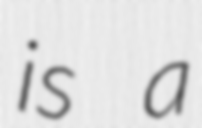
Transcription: is a